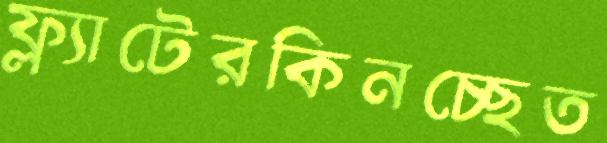
ফ্ল্যাটেরকিনচ্ছেত